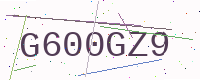
Text: G600GZ9